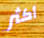
أكثر